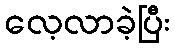
လေ့လာခဲ့ပြီး